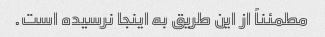
مطمئناً از این طریق به اینجا نرسیده است.